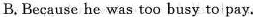
B.Because he was too busy to pay.